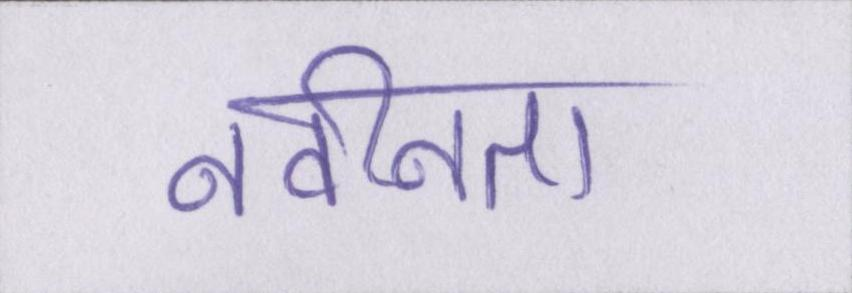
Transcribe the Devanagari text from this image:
नवीनता